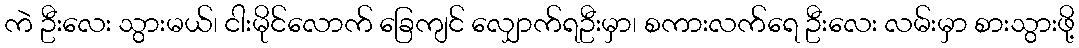
ကဲ ဦးလေး သွားမယ်၊ ငါးမိုင်လောက် ခြေကျင် လျှောက်ရဦးမှာ၊ စကားလက်ရေ ဦးလေး လမ်းမှာ စားသွားဖို့